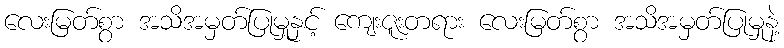
လေးမြတ်စွာ အသိအမှတ်ပြုမှုနှင့် ကျေးဇူးတရား လေးမြတ်စွာ အသိအမှတ်ပြုမှုနဲ့